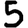
Digit: 5